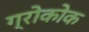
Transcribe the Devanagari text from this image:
ग्रोकोक